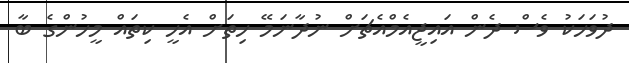
ދުވަހަކު ވެސް ދެން އައިޖީއެމްއެޗަށް ނުދާނަމޭ ހިތަށް އެހީ ކިތައް މީހުންގެ ބާ